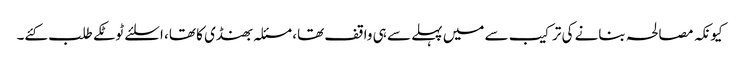
کیونکہ مصالحہ بنانے کی ترکیب سے میں پہلے سے ہی واقف تھا، مسئلہ بھنڈی کا تھا، اسلئے ٹوٹکے طلب کئے۔